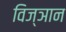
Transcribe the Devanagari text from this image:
विज्ञान